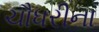
ચૌધરીના